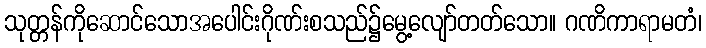
သုတ္တန်ကိုဆောင်သောအပေါင်းဂိုဏ်းစသည်၌မွေ့လျော်တတ်သော။ ဂဏိကာရာမတံ၊